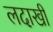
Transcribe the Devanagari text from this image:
लदाखी